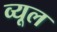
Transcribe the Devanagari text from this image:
व्यूल